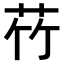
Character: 𫇸